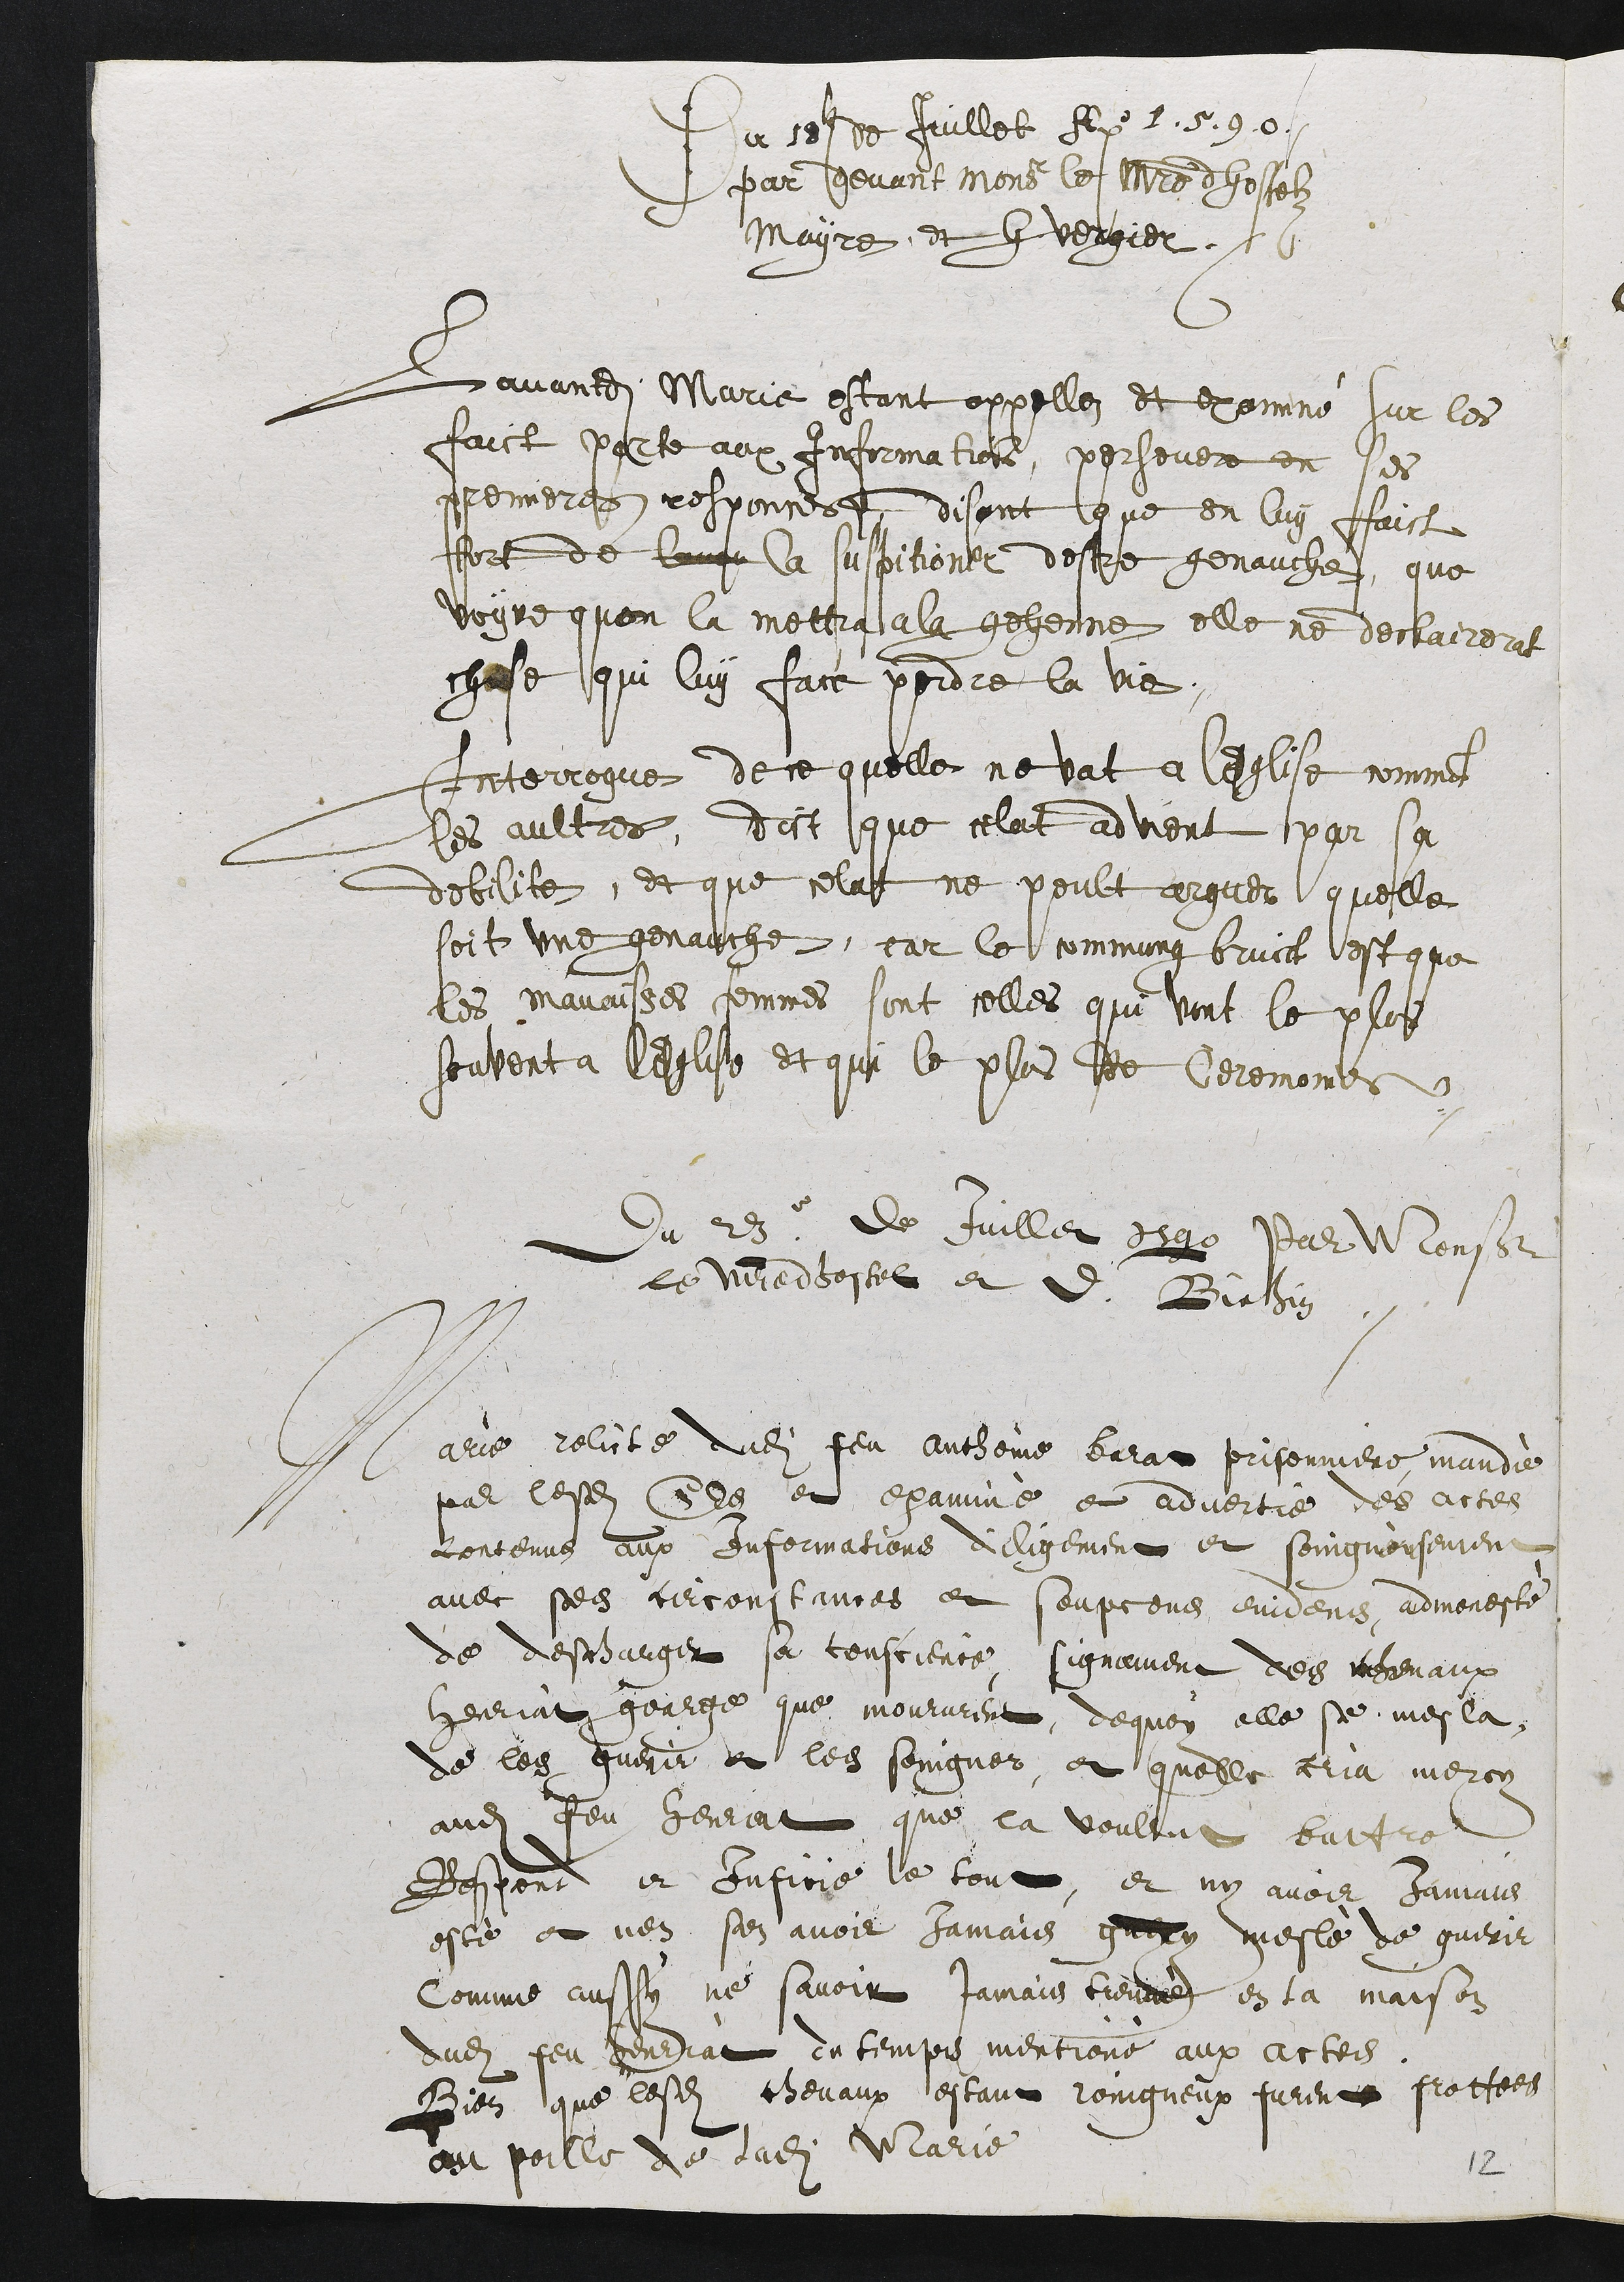
Du 18. de juillet An[ne] 1.5.9.0.
Par devant mons[ieur] le m[aist]re dhostel
Mayre et H. Vergier
Lavandite Marie estant appellez et examiné sur les
faict porte aux informations, persevere en ses
premieres responces et disant que on luy faict
tort de lenqu la suspitioner destre genauche, que
voyre quon la mettra ala gehenne elle ne declairerat
ch[o]se qui luy face perdre la vie.
Interrogue de ce quelle ne vat a lEglise comm[en]t
les aultres, dict que celat advient par sa
debilite, et que celat ne peult arguer quelle
soit une genauche, car le commung bruist est que
les mauvaises femmes sont celles qui vont le plus
souvent a lEglise et qui []  le plus de ceremonie.
Du 23. juillet 1590 Par Mons[ieur]
Le m[aist]re dhostel et  [D]. Bichin
Marie relicte dudit feu Anthoine Barat prisonniere, mand[é]
par lesd[its] [Seigneurs] et examiné et advertie des actes
contenus aux informations diligement et soingneusement
avec ses circonstances et soupcons evidens admonsté
de descharger sa conscience, signament des chevaux
Henriat George que moururent, dequoy elle se mesla,
de les guerir et les soingner, en quelle cria mercy
audit feu Henriat que la voulut battre.
Respond et inficie le tout, et ny avoir jamais
esté et nen [sen] avoir jamais guery mesl[é] de guerir
comme aussy ne savoir jamais trouv[é] en la maison
dudit feu Henriat du temps mention[é] aux actes.
Bien que lesd[its] [c]hevaux estant roingneux furent frottees
Au poille de ladite Marie